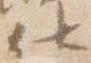
仕